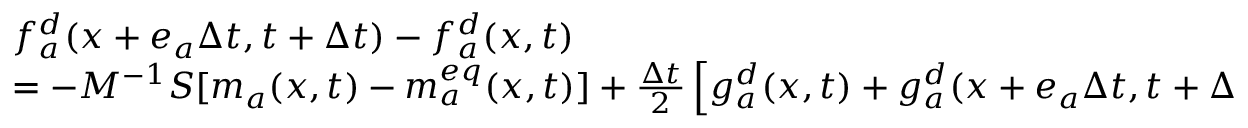
\begin{array} { l } { f _ { a } ^ { d } ( x + e _ { a } \Delta t , t + \Delta t ) - f _ { a } ^ { d } ( x , t ) } \\ { = - M ^ { - 1 } S [ m _ { a } ( x , t ) - m _ { a } ^ { e q } ( x , t ) ] + \frac { \Delta t } { 2 } \left[ g _ { a } ^ { d } ( x , t ) + g _ { a } ^ { d } ( x + e _ { a } \Delta t , t + \Delta t ) \right] } \end{array}